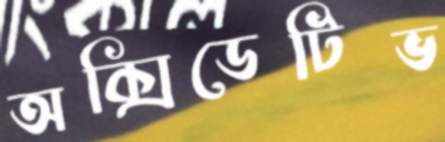
অক্সিডেটিভ